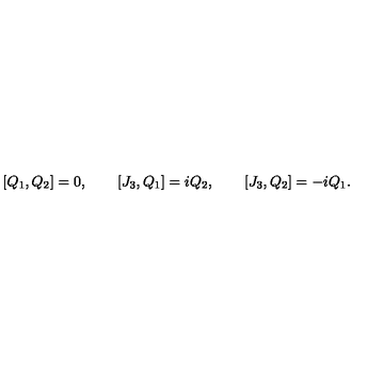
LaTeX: [ Q _ { 1 } , Q _ { 2 } ] = 0 , \qquad [ J _ { 3 } , Q _ { 1 } ] = i Q _ { 2 } , \qquad [ J _ { 3 } , Q _ { 2 } ] = - i Q _ { 1 } .